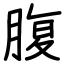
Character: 腹